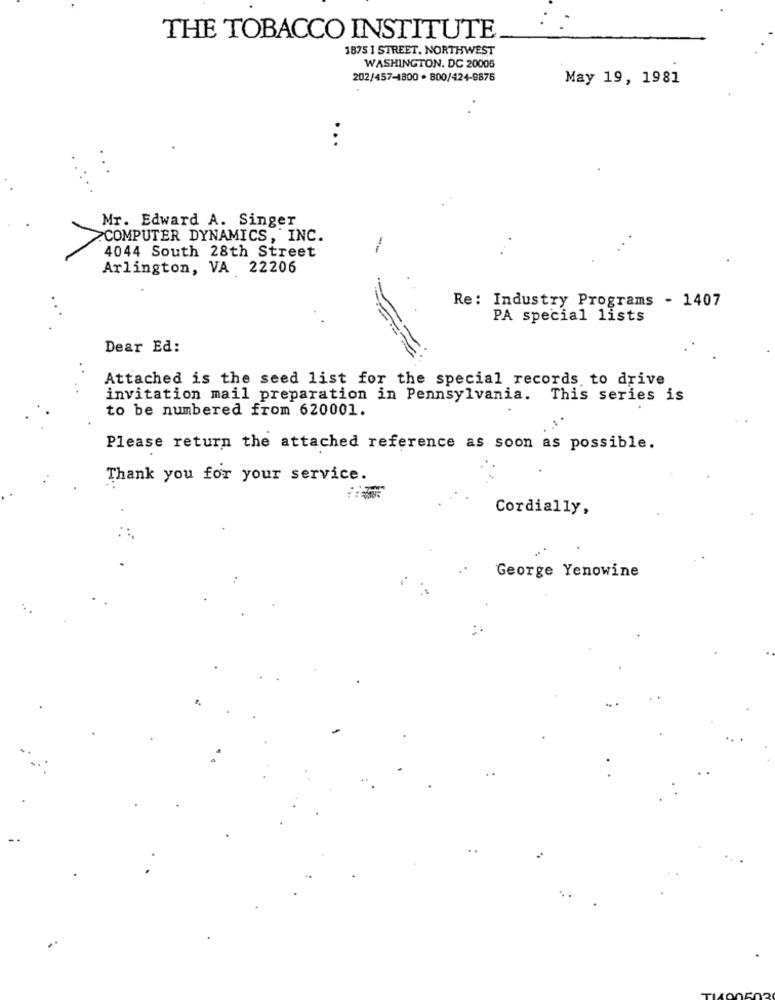
THE TOBACCO INSTITUTE
1875 ] STREET. NORTHWEST
WASHINGTON, DC 20005
202/457-1800 · 800/424-9875
May 19, 1981
...
Mr. Edward A. Singer
COMPUTER DYNAMICS, INC.
4044 South 28th Street
Arlington, VA 22206
Re: Industry Programs - 1407
PA special lists
Dear Ed:
Attached is the seed list for the special records to drive
invitation mail preparation in Pennsylvania. This series is
to be numbered from 620001.
Please return the attached reference as soon as possible.
Thank you for your service.
Cordially,
George Yenowine